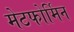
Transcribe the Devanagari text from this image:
मेटफोर्मिन